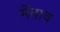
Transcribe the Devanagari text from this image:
मेंनाव